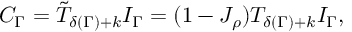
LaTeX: C _ { \Gamma } = \tilde { \cal T } _ { \delta ( \Gamma ) + k } I _ { \Gamma } = ( 1 - { \cal J } _ { \rho } ) { \cal T } _ { \delta ( \Gamma ) + k } I _ { \Gamma } ,